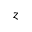
z